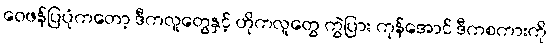
ဝေဖန်ပြပုံကတော့ ဒီကလူတွေနှင့် ဟိုကလူတွေ ကွဲပြား ကုန်အောင် ဒီကစကားကို